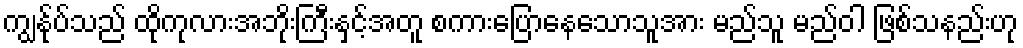
ကျွန်ုပ်သည် ထိုကုလားအဘိုးကြီးနှင့်အတူ စကားပြောနေသောသူအား မည်သူ မည်ဝါ ဖြစ်သနည်းဟု